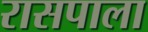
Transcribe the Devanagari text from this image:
रासपाला